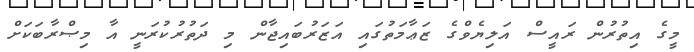
މީގެ އިތުރުން ރައީސް އަލިޔެވްގެ ޒަޢާމަތުގައި އަޒަރުބައިޖާން މި ދަތުރުކުރަނީ އާ މިޞްރާބަކަށް